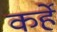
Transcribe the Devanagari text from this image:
कर्हे